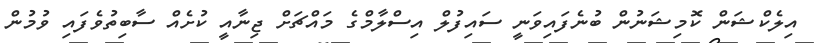
އިލެކްޝަން ކޮމިޝަނުން ބުނެފައިވަނީ ސައިފުލް އިސްލާމްގެ މައްޗަށް ޖިނާއީ ކުށެއް ސާބިތުވެފައި ވުމުން